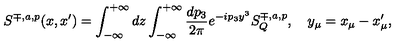
S ^ { \mp , a , p } ( x , x ^ { \prime } ) = \int _ { - \infty } ^ { + \infty } d z \int _ { - \infty } ^ { + \infty } \frac { d p _ { 3 } } { 2 \pi } e ^ { - i p _ { 3 } y ^ { 3 } } S _ { Q } ^ { \mp , a , p } , \quad y _ { \mu } = x _ { \mu } - x _ { \mu } ^ { \prime } ,